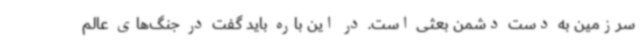
سرزمین به دست دشمن بعثی است. در این باره باید گفت در جنگ‌های عالم